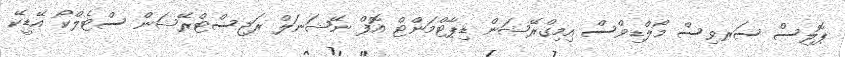
ޕޮލިސް ސަރވިސް މޯލްޑިވްސް އިމިގްރޭޝަން ޑިޕާޓްމަންޓް އޮފް ނޭޝަނަލް ރަޖިސްޓްރޭޝަން ސްޓެލްކޯ އޭޑީކޭ